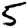
Digit: 5